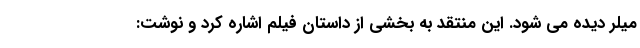
میلر دیده می شود. این منتقد به بخشی از داستان فیلم اشاره کرد و نوشت: